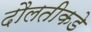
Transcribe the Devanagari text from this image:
दौलतीकडे